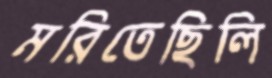
মরিতেছিলি